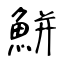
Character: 鮩